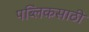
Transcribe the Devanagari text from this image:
पब्लिकसाठी